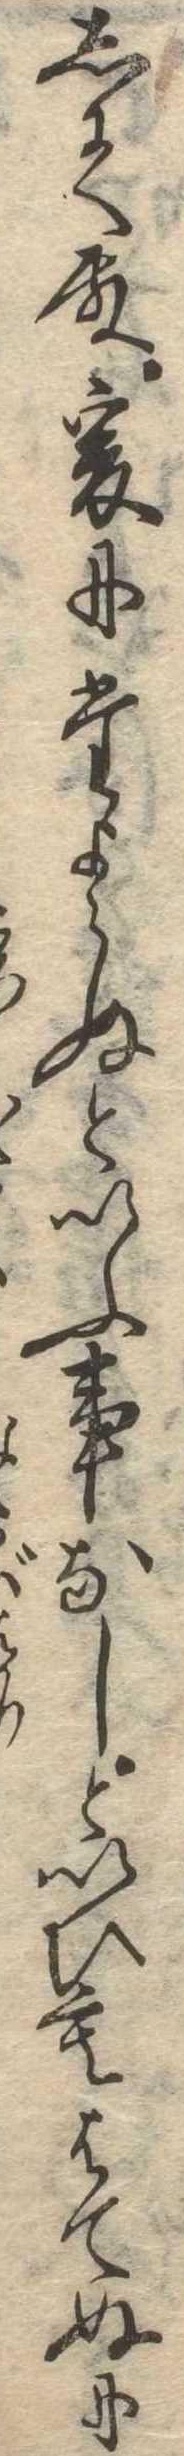
して殿爰にたよらぬといふ事なしといひもはてぬに